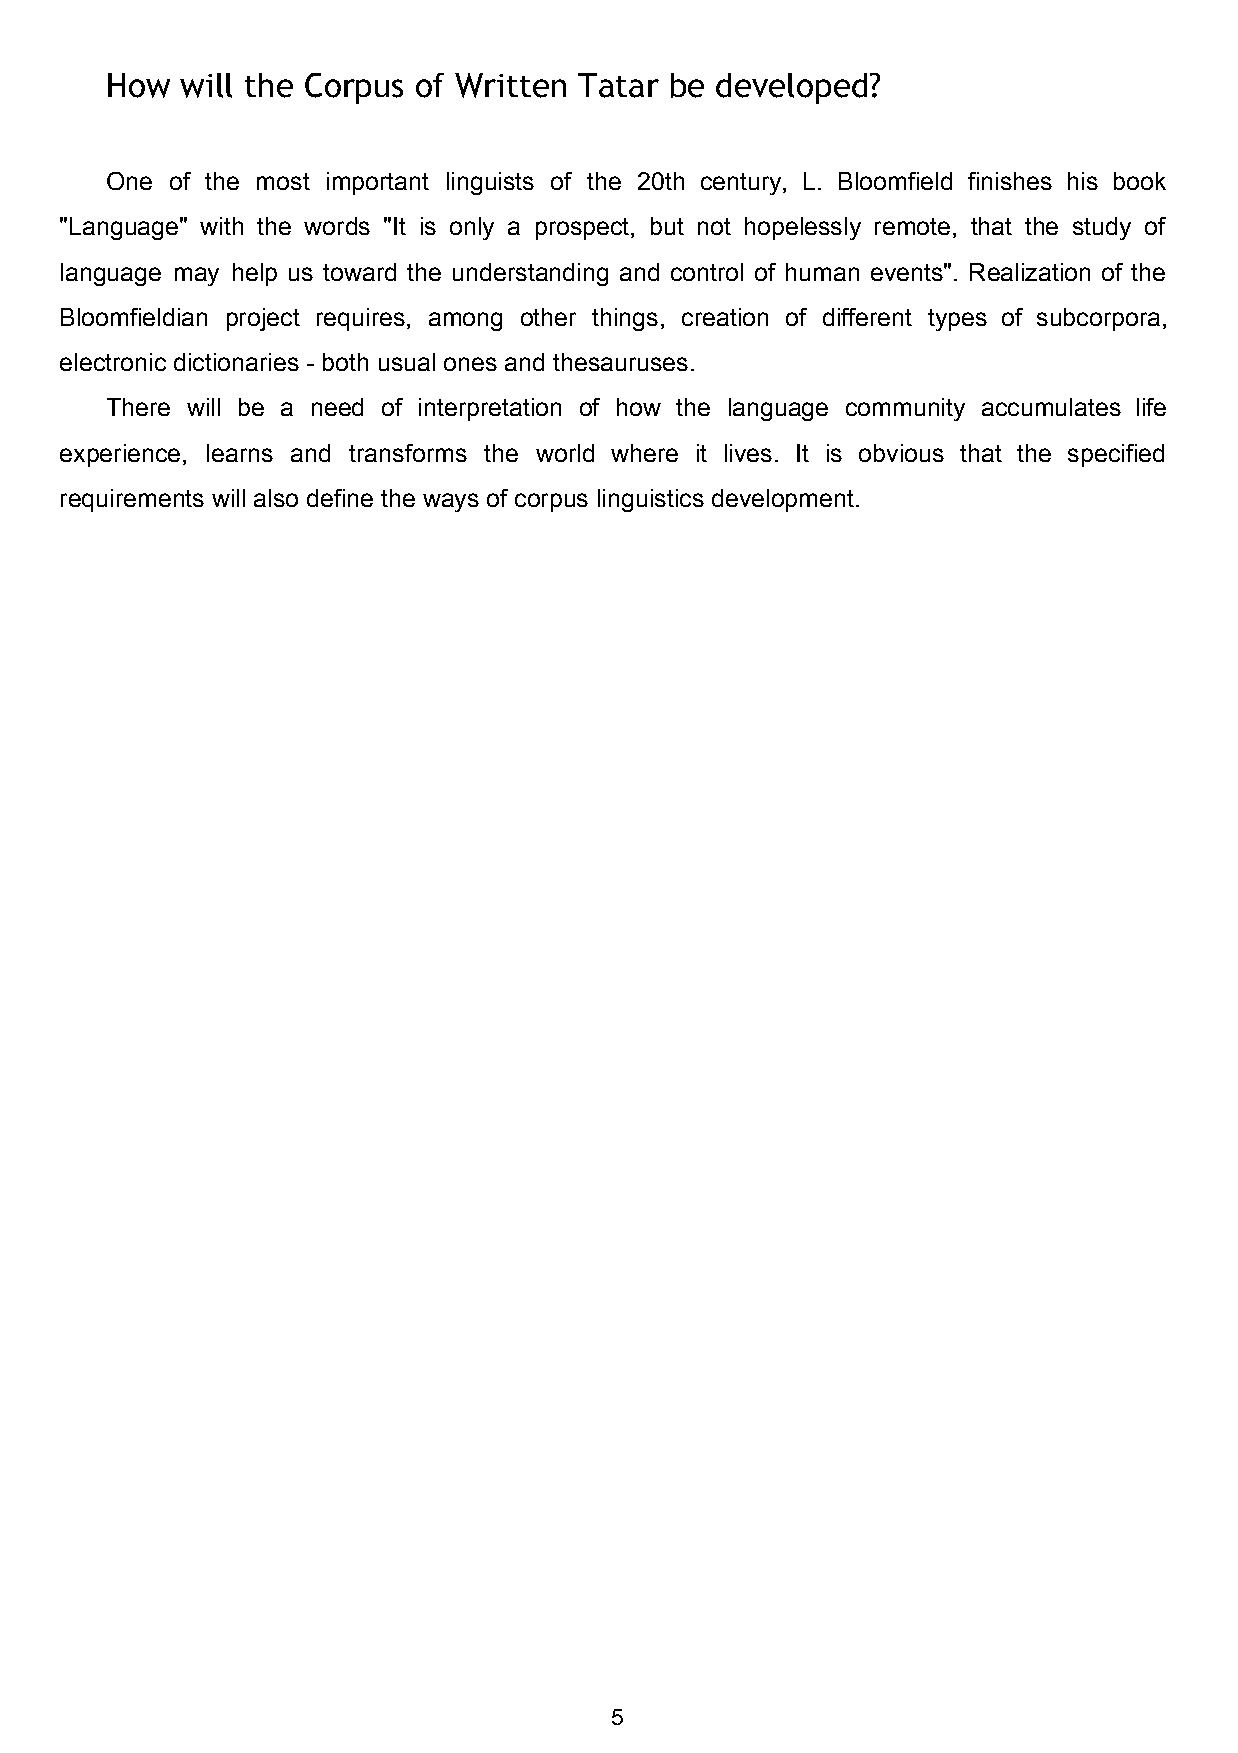
How  will the Corpus of Written Tatar be developed?
 One of the most important linguists of the 20th century, L. Bloomfield finishes his book
 "Language" with the words "It is only a prospect, but not hopelessly remote, that the study of
 language may help us toward the understanding and control of human events". Realization of the
 Bloomfieldian project requires, among other things, creation of different types of subcorpora,
 electronic dictionaries ­ both usual ones and thesauruses.
 There will be a need of interpretation of how the language community accumulates life
 experience, learns and transforms the world where it lives. It is obvious that the specified
 requirements will also define the ways of corpus linguistics development.
 5